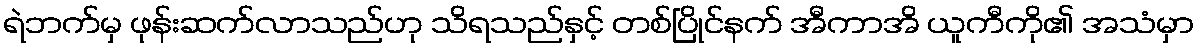
ရဲဘက်မှ ဖုန်းဆက်လာသည်ဟု သိရသည်နှင့် တစ်ပြိုင်နက် အီကာအိ ယူကီကို၏ အသံမှာ